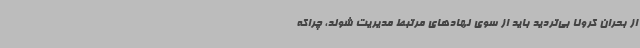
از بحران کرونا بی‌تردید باید از سوی نهادهای مرتبط مدیریت شوند، چراکه